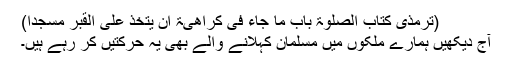
(ترمذی کتاب الصلوٰۃ باب ما جاء فی کراھیۃ ان یتخذ علی القبر مسجدا)
آج دیکھیں ہمارے ملکوں میں مسلمان کہلانے والے بھی یہ حرکتیں کر رہے ہیں۔